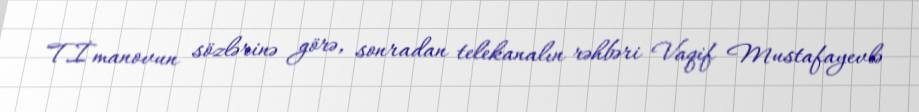
T.İmanovun sözlərinə görə, sonradan telekanalın rəhbəri Vaqif Mustafayevlə